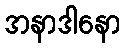
အနာဒါနော